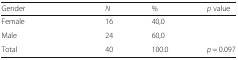
| Gender |  | N | % | p value |
 | --- | --- | --- | --- | --- |
 | Female |  | 16 | 40,0 |  |
 | Male |  | 24 | 60,0 |  |
 | Total |  | 40 | 100.0 | p = 0.097 |